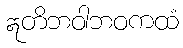
ဣတိဘဝါဘဝကထံ